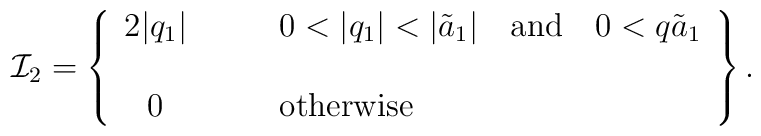
{\cal I}_2= \left\{\begin{array}{cl} 2|q_1| & \qquad 0<|q_1|<|\tilde a_1|\quad\hbox{and}\quad 0< q\tilde a_1 \\&\\0 &\qquad {\rm otherwise}\end{array} \right\}.